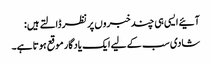
آئیے ایسی ہی چند خبروں پر نظر ڈالتے ہیں:
شادی سب کے لیے ایک یادگار موقع ہوتا ہے۔